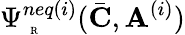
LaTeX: \Psi_{\mathrm{~\tiny~R~}}^{neq(i)}(\bar{\mathbf{C}},\mathbf{A}^{(i)})